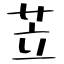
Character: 苙